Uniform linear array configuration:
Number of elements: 16
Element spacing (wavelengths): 0.25
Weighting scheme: hamming
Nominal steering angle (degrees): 30
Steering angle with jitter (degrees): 31.408
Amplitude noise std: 0.05
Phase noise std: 0.05

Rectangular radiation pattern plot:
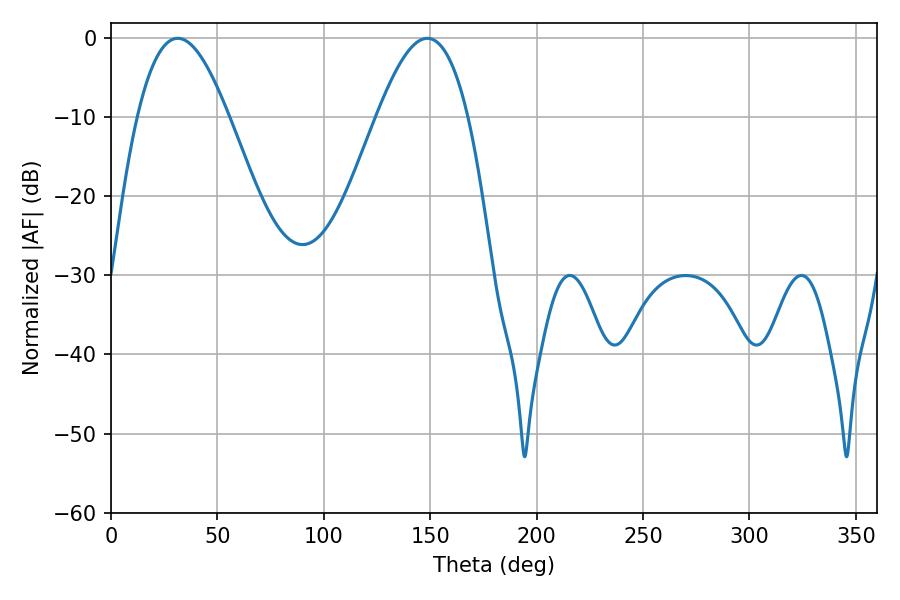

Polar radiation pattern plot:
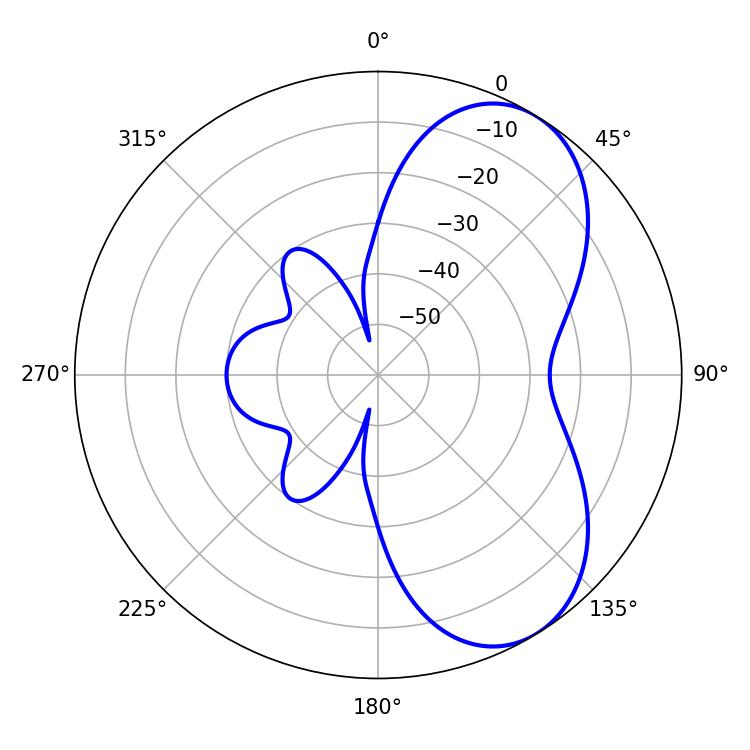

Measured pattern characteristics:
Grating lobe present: FALSE
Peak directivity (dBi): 6.242
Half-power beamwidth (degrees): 23.22
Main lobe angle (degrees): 31.32